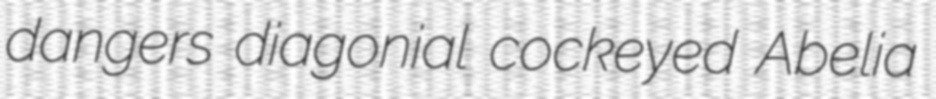
dangers diagonial cockeyed Abelia